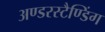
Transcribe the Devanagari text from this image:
अण्डरस्टैण्डिंग